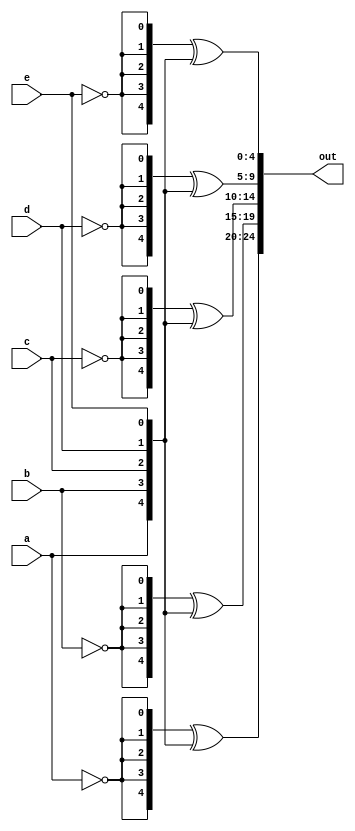
/* Given five 1-bit signals (a, b, c, d, and e), compute all 25 pairwise one-bit comparisons in the 25-bit output vector. 
   The output should be 1 if the two bits being compared are equal. */

module top_module (
    input a, b, c, d, e,
    output [24:0] out );//

    // The output is XNOR of two vectors created by 
    // concatenating and replicating the five inputs.
    assign out[24:20] = {5{~a}}^{a,b,c,d,e};
    assign out[19:15] = {5{~b}}^{a,b,c,d,e};
    assign out[14:10] = {5{~c}}^{a,b,c,d,e};
    assign out[9:5]   = {5{~d}}^{a,b,c,d,e};
    assign out[4:0]   = {5{~e}}^{a,b,c,d,e};

  /* wire [24:0] top, bottom;
	   assign top    = { {5{a}}, {5{b}}, {5{c}}, {5{d}}, {5{e}} };
	   assign bottom = {5{a,b,c,d,e}};
	   assign out = ~top ^ bottom;	// Bitwise XNOR   */
  
endmodule